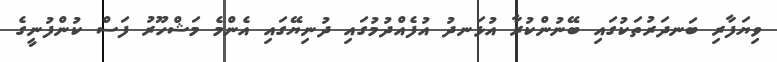
ވިޔަފާރި ބަނދަރުތަކުގައި ބޭނުންކުރާ އުޅަނދު އުފެއްދުމުގައި ދުނިޔޭގައި އެންމެ މަޝްހޫރު ފަސް ކުންފުނީގެ